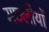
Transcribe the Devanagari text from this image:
मछ्लीयों